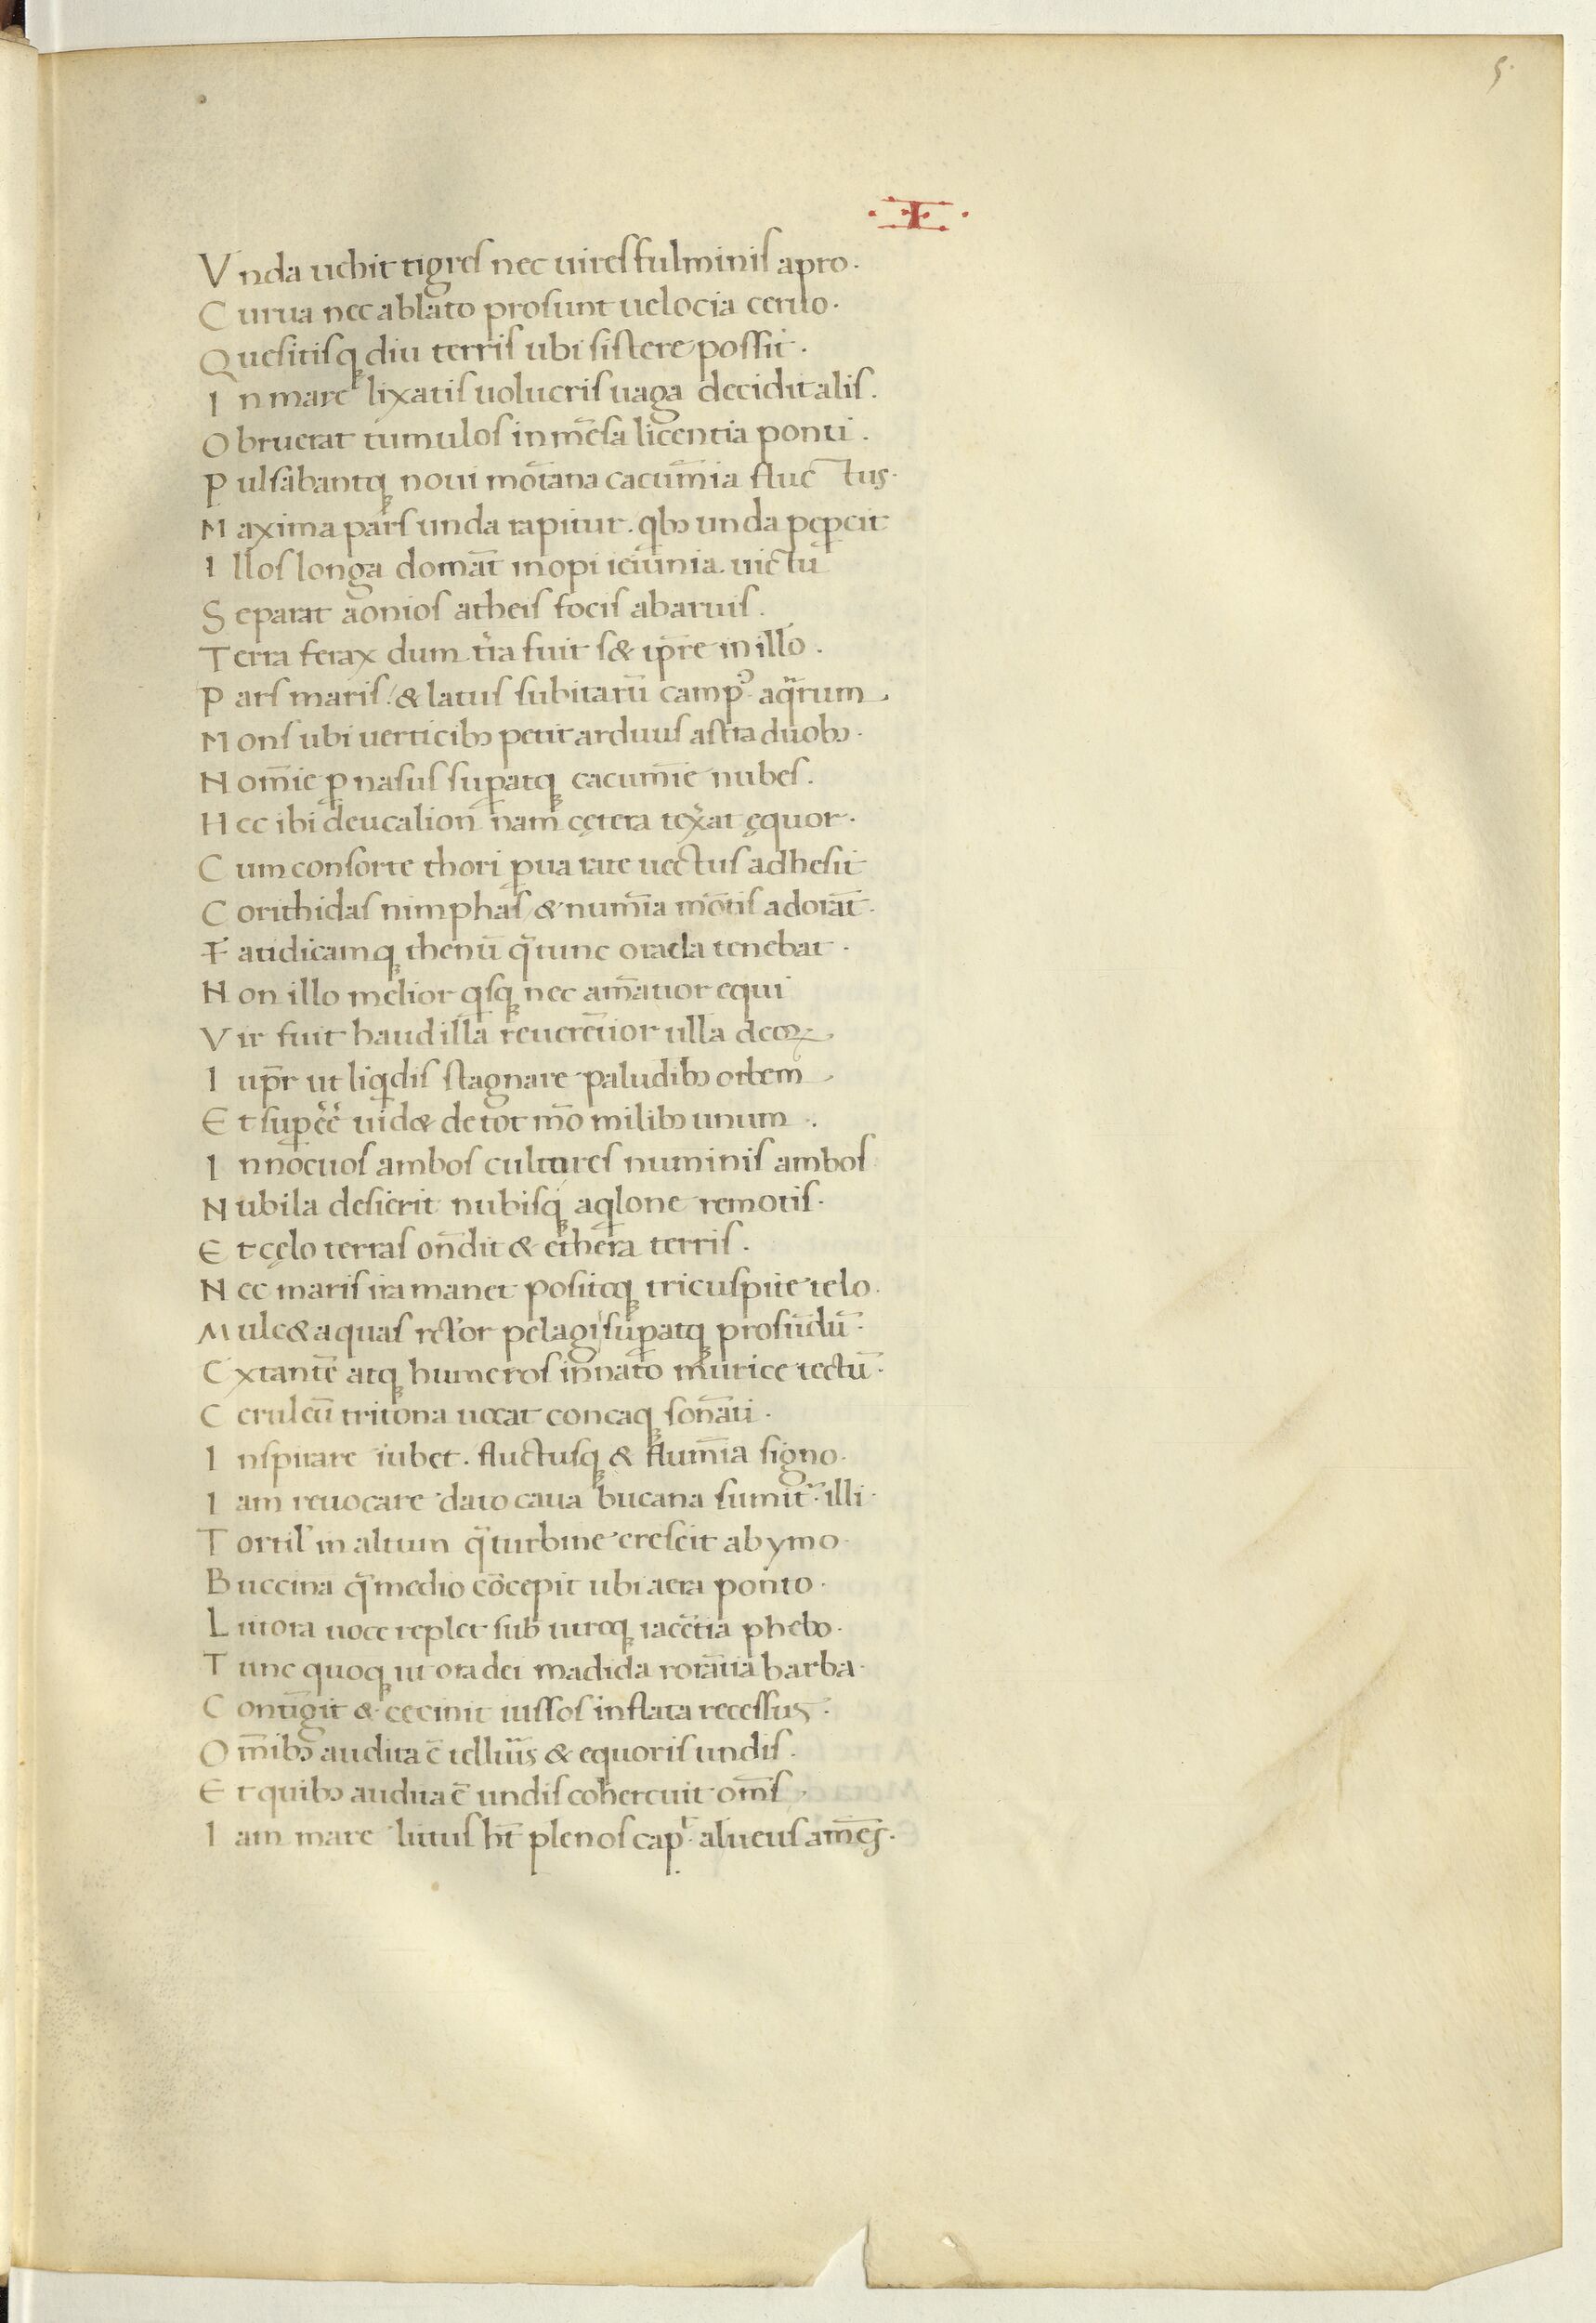
Shelfmark: Paris, BnF, Arsenal ms. 1046
Century: 15